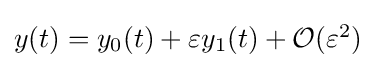
{\textstyle y(t)=y_{0}(t)+\varepsilon y_{1}(t)+{\mathcal {O}}(\varepsilon ^{2})}